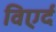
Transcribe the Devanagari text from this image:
विएर्द